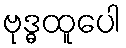
ဗုဒ္ဓထူပေါ